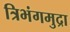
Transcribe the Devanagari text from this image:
त्रिभंगमुद्रा